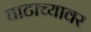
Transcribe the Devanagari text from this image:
घाटाच्यावर